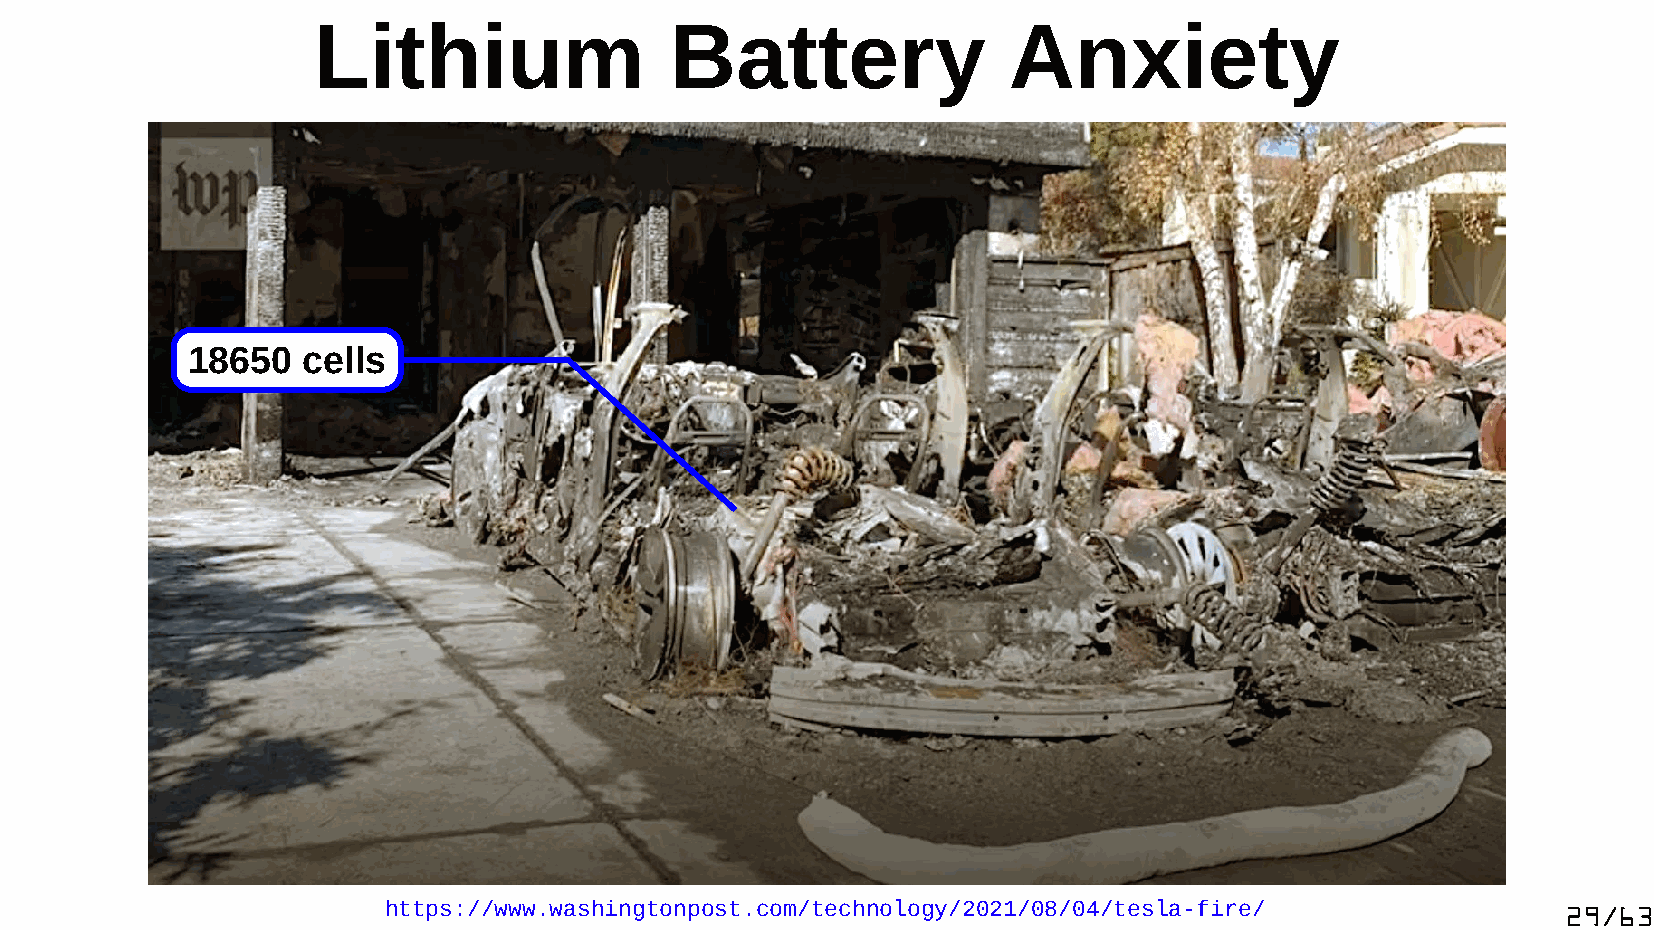
Lithium                Battery                Anxiety
 18650   cells
 https://www.washingtonpost.com/technology/2021/08/04/tesla-fire/               29/63